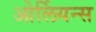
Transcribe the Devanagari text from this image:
ओर्लियन्स